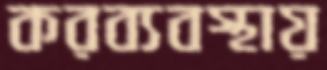
করব্যবস্থায়